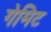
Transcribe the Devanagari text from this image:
गेमिट